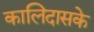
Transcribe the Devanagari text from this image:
कालिदासके